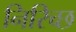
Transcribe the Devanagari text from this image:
निरिच्छ